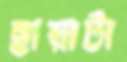
ছায়াটা